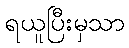
ရယူပြီးမှသာ